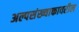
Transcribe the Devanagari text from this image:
अल्पसंख्याकावरील